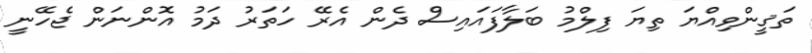
ތަޤީންވިއްޔަ ތިޔަ ފިލްމު ބަލާފައައިސް ދެން އެރޭ ހަތަރު ދަމު އޮންނަން ޖެހޭނީ